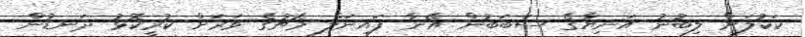
ކަކުލަށް ލިބުނު އަނިޔާގެ ސަބަބުން އޭނާ ފައިނަލް މެޗުގެ ވަރަށް ކުރީކޮޅު ދަނޑުން